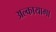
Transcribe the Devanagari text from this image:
अल्कायागा